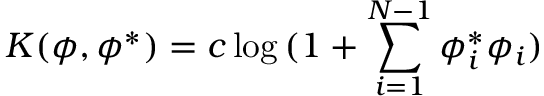
K ( \phi , \phi ^ { * } ) = c \log { ( 1 + \sum _ { i = 1 } ^ { N - 1 } \phi _ { i } ^ { * } \phi _ { i } ) }